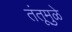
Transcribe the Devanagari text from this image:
तंतूमुळे